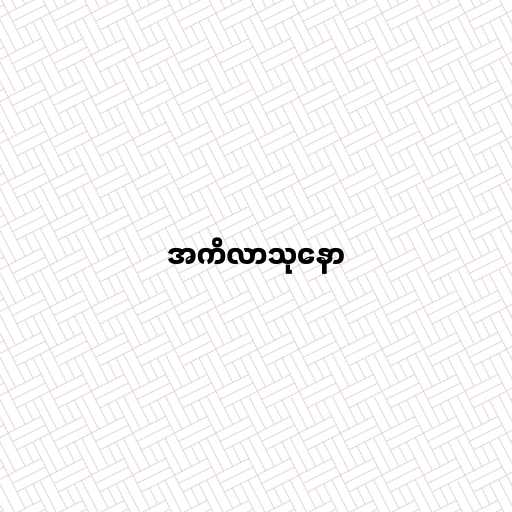
အကိလာသုနော